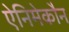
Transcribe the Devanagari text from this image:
ऐनिमेकौन